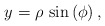
\begin{align*}y=\rho \,\sin \left( \phi \right),\end{align*}